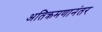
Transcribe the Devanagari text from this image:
अतिक्रमणानंतर